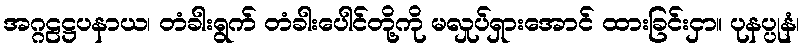
အဂ္ဂဠဋ္ဌပနာယ၊ တံခါးရွက် တံခါးပေါင်တို့ကို မလှုပ်ရှားအောင် ထားခြင်းငှာ။ ပုနပ္ပုနံ၊